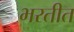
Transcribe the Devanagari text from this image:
भरतीत